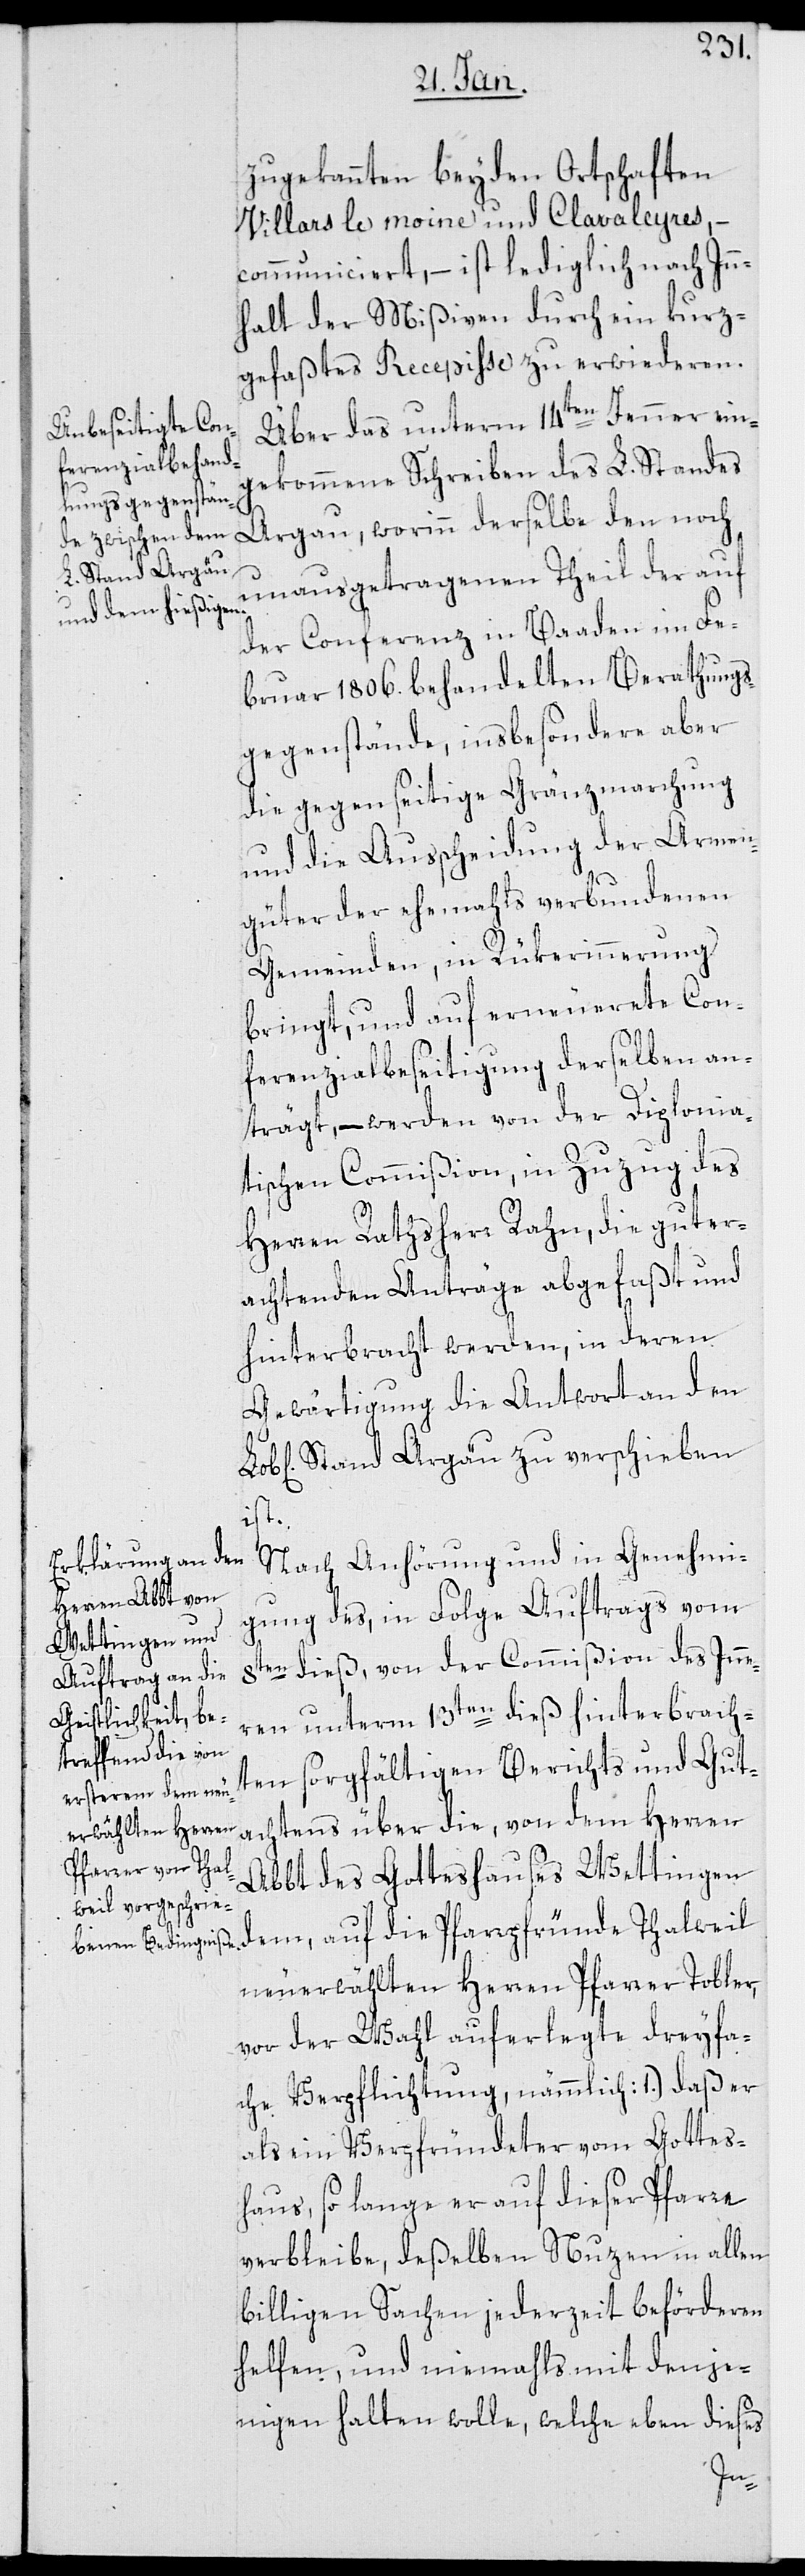
zugekannten beyden Ortschaften
Villars le moine und Clavaleyres, –
communiciert, ist lediglich nach Inn¬
halt der Mißiven durch ein kurz¬
gefaßtes Recepisse zu erwiederen.
Über das unterm 14ten Jenner ein¬
gekommene Schreiben des L. Standes
Argau, worinn derselbe den noch
unausgetragenen Theil der auf
der Conferenz in Baaden im Fe¬
bruar 1806. behandelten Berathungs¬
gegenstände, insbesondere aber
die gegenseitige Gränzmarchung
und die Ausscheidung der Armen¬
güter der ehemahls verbundenen
Gemeinden, in Rükerinnerung
bringt, und auf erneuerete Con¬
ferenzialbeseitigung derselben an¬
trägt, – werden von der Diploma¬
tischen Commißion, in Zuzug des
Herren Rathsherr Rahn, die guter¬
achtenden Anträge abgefaßt und
hinterbracht werden, in deren
Gewärtigung die Antwort an den
Stand Argäu zu verschieben
ist.
Nach Anhörung und in Genehmi¬
gung des, in Folge Auftrags vom
8ten dieß, von der Commißion des Inne¬
ren unterm 13ten dieß hinterbrach¬
ten sorgfältigen Berichts und Gut¬
achtens über die, von dem Herren
Abbt des Gotteshauses Wettingen
dem, auf die Pfarrpfründe Thalweil
neu erwählten Herren Pfarrer Tobler,
vor der Wahl auferlegte deryfa¬
che Verpflichtung, nämmlich: 1.) Daß er
als ein Verpfründeter vom Gottes¬
haus, so lange er auf dieser Pfarre
verbleibe, deßelben Nutzen in allen
billigen Sachen jederzeit beförderen
helfen, und niemahls mit denje¬
nigen halten wolle, welche eben dieses